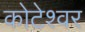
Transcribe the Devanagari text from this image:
कोटेश्‍वर